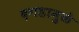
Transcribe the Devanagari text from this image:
दगडामुळे